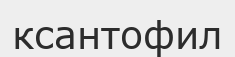
ксантофил